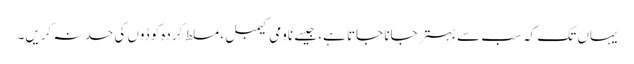
یہاں تک کہ سب سے بہتر جانا جاتا ہے، جیسے ناومی کیمبل، مسلط کردہ کوڈوں کی حد نہ کریں۔